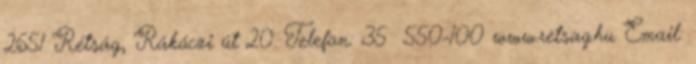
2651 Rétság, Rákóczi út 20. Telefon: 35 550-100 www.retsag.hu Email: